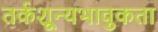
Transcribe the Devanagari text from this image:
तर्कशून्यभावुकता